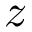
z